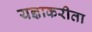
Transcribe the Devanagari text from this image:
यज्ञाकरीता